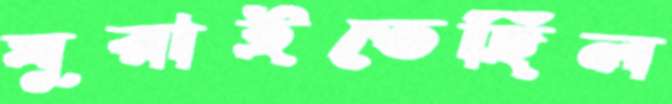
ঘুরাইতেছিল